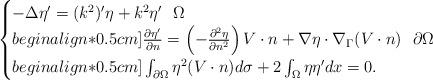
LaTeX: \begin{align*}\begin{cases}-\Delta\eta ' =(k^2) ' \eta +k^2 \eta ' \,\,\,\,\Omega \\begin{align*}0.5cm] \frac{\partial \eta'}{\partial n}=\left(-\frac{\partial^2 \eta}{\partial n^2}\right) V\cdot n+\nabla \eta\cdot\nabla_\Gamma(V\cdot n)\,\,\,\,\partial\Omega \\begin{align*}0.5cm] \int_{\partial\Omega}\eta^2(V\cdot n)d\sigma+2\int_\Omega \eta\eta'dx=0.\end{cases}\end{align*}